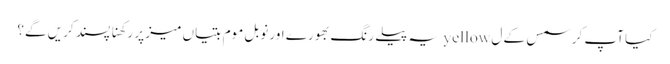
کیا آپ کرسمس کے ل yellow یہ پیلے رنگ بھورے اور نوبل موم بتیاں میز پر رکھنا پسند کریں گے؟